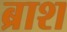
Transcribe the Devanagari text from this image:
ब्राश